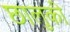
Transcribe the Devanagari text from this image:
छालुकी